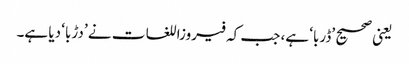
یعنی صحیح ’ڈربا‘ ہے، جب کہ فیروزاللغات نے ’دڑبا‘ دیا ہے۔